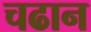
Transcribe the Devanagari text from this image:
चढान